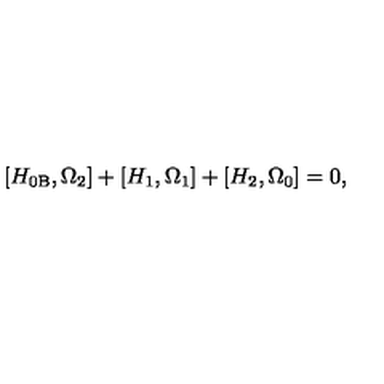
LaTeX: \left[ H _ { 0 \mathrm { B } } , \Omega _ { 2 } \right] + \left[ H _ { 1 } , \Omega _ { 1 } \right] + \left[ H _ { 2 } , \Omega _ { 0 } \right] = 0 ,